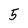
Character: 5